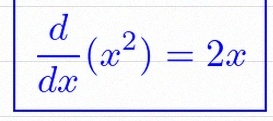
\frac{d}{dx}(x^2)=2x